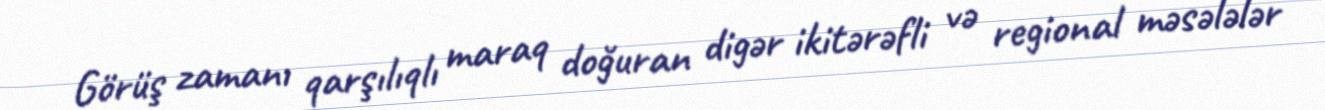
Görüş zamanı qarşılıqlı maraq doğuran digər ikitərəfli və regional məsələlər